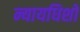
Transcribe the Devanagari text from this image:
न्यायधिशों